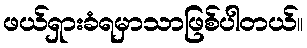
ဖယ်ရှားခံရမှာသာဖြစ်ပါတယ်။